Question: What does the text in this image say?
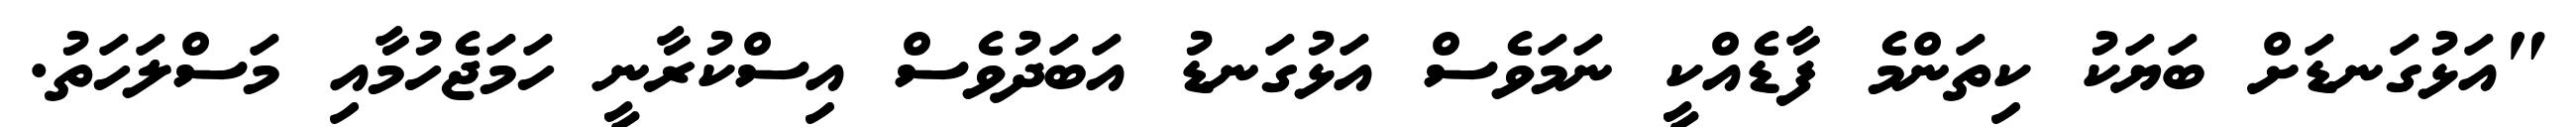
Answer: "އަޅުގަނޑަށް ބަޔަކު ކިތަންމެ ފާޑެއްކީ ނަމަވެސް އަޅުގަނޑު އަބަދުވެސް އިސްކުރާނީ ހަމަޖެހުމާއި މަސްލަހަތު.